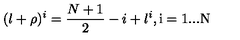
( l + \rho ) ^ { i } = \frac { N + 1 } { 2 } - i + l ^ { i } \mathrm { , i = 1 . . . N }